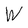
Character: W